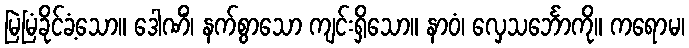
မြဲမြံခိုင်ခံ့သော။ ဒေါဏိံ၊ နက်စွာသော ကျင်းရှိသော။ နာဝံ၊ လှေသင်္ဘောကို။ ကရောမ၊